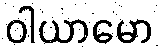
ဝါယာမော